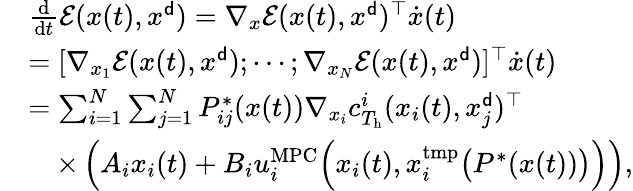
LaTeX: \begin{array}{rl}&{\frac{\mathrm{d}}{\mathrm{d}t}{\mathcal E}(x(t),x^{\sf d})=\nabla_{x}{\mathcal E}(x(t),x^{\sf d})^{\top}\dot{x}(t)}\\ &{=[\nabla_{x_{1}}{\mathcal E}(x(t),x^{\sf d});\cdots;\nabla_{x_{N}}{\mathcal E}(x(t),x^{\sf d})]^{\top}\dot{x}(t)}\\ &{=\sum_{i=1}^{N}\sum_{j=1}^{N}P_{ij}^{*}(x(t))\nabla_{x_{i}}c_{T_{\mathrm{h}}}^{i}(x_{i}(t),x_{j}^{\sf d})^{\top}}\\ &{\quad\times\left(A_{i}x_{i}(t)+B_{i}u_{i}^{\mathrm{MPC}}\Bigl(x_{i}(t),x_{i}^{\mathrm{tmp}}\bigl(P^{*}(x(t))\bigr)\Bigr)\right),}\end{array}